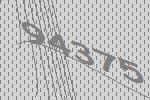
94375